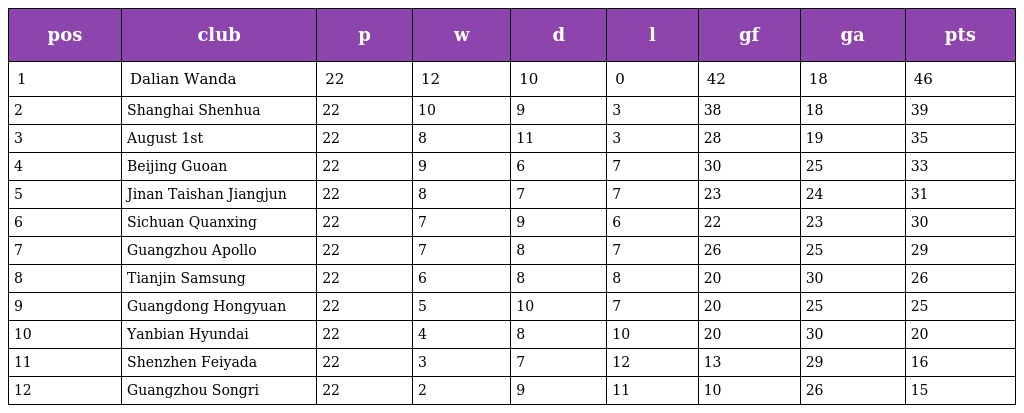
| pos | club | p | w | d | l | gf | ga | pts |
 | --- | --- | --- | --- | --- | --- | --- | --- | --- |
 | 1 | Dalian Wanda | 22 | 12 | 10 | 0 | 42 | 18 | 46 |
 | 2 | Shanghai Shenhua | 22 | 10 | 9 | 3 | 38 | 18 | 39 |
 | 3 | August 1st | 22 | 8 | 11 | 3 | 28 | 19 | 35 |
 | 4 | Beijing Guoan | 22 | 9 | 6 | 7 | 30 | 25 | 33 |
 | 5 | Jinan Taishan Jiangjun | 22 | 8 | 7 | 7 | 23 | 24 | 31 |
 | 6 | Sichuan Quanxing | 22 | 7 | 9 | 6 | 22 | 23 | 30 |
 | 7 | Guangzhou Apollo | 22 | 7 | 8 | 7 | 26 | 25 | 29 |
 | 8 | Tianjin Samsung | 22 | 6 | 8 | 8 | 20 | 30 | 26 |
 | 9 | Guangdong Hongyuan | 22 | 5 | 10 | 7 | 20 | 25 | 25 |
 | 10 | Yanbian Hyundai | 22 | 4 | 8 | 10 | 20 | 30 | 20 |
 | 11 | Shenzhen Feiyada | 22 | 3 | 7 | 12 | 13 | 29 | 16 |
 | 12 | Guangzhou Songri | 22 | 2 | 9 | 11 | 10 | 26 | 15 |